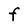
Character: F